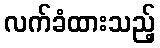
လက်ခံထားသည့်